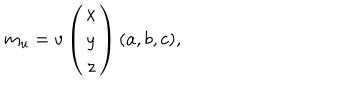
LaTeX: m _ { u } = v \left( \begin{array} { c } { { x } } \\ { { y } } \\ { { z } } \\ \end{array} \right) ( a , b , c ) ,